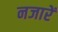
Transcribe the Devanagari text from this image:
नजारें